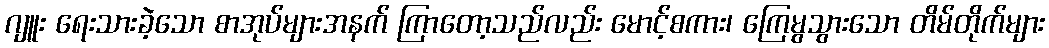
ဂျူး ရေးသားခဲ့သော စာအုပ်များအနက် ကြာတော့သည်လည်း မောင့်စကား၊ ကြေမွသွားသော တိမ်တိုက်များ